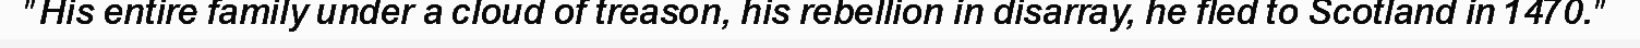
"His entire family under a cloud of treason, his rebellion in disarray, he fled to Scotland in 1470."